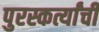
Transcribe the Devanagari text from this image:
पुरस्कर्त्यांची